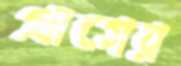
প্রাগের